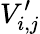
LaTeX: V_{i,j}^{\prime}